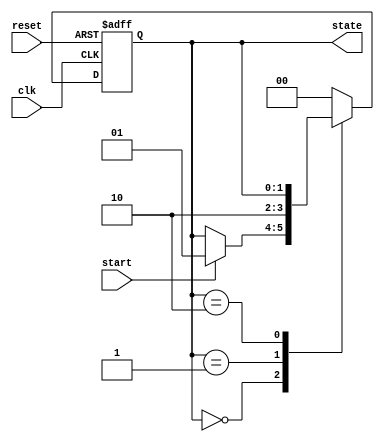
module fsm_example (
    input wire clk,          // Clock signal
    input wire reset,        // Reset signal
    input wire start,        // Start signal to initiate the FSM
    output reg [1:0] state   // 2-bit state output
);

// State encoding
localparam IDLE    = 2'b00;
localparam RUNNING = 2'b01;
localparam DONE    = 2'b10;

// Sequential logic block triggered by clock and reset
always @(posedge clk or posedge reset) begin
    if (reset) begin
        // Reset state
        state <= IDLE;
    end else begin
        // State transitions
        case (state)
            IDLE: begin
                if (start) begin
                    state <= RUNNING; // Transition to RUNNING state
                end
            end
            
            RUNNING: begin
                // Simulate some processing
                // After some condition, move to DONE state
                // For demonstration, let's assume we go to DONE after one clock cycle
                state <= DONE;
            end
            
            DONE: begin
                // Stay in DONE state until reset
                // Optionally, you could add logic to go back to IDLE
            end
            
            default: state <= IDLE; // Default case to handle unexpected states
        endcase
    end
end

endmodule